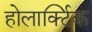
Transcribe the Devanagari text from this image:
होलार्क्टिक